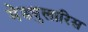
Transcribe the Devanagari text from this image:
मेड्युलारिस